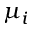
\mu _ { i }